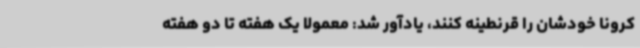
کرونا خودشان را قرنطینه کنند، یادآور شد: معمولا یک هفته تا دو هفته